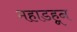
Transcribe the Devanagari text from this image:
महाडहून